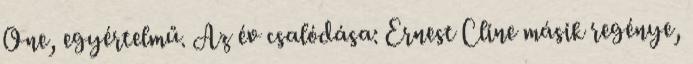
One, egyértelmű. Az év csalódása: Ernest Cline másik regénye,